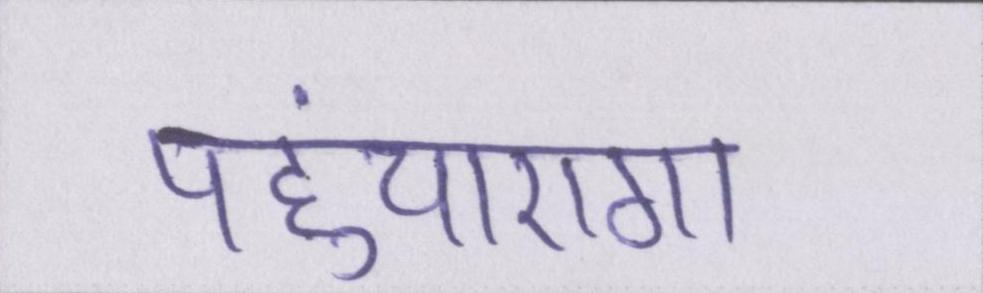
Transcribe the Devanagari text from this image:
पहुंचाएगा